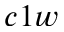
c 1 w